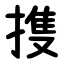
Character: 㨦